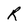
Character: R